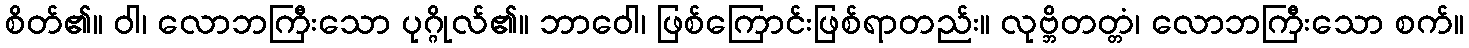
စိတ်၏။ ဝါ၊ လောဘကြီးသော ပုဂ္ဂိုလ်၏။ ဘာဝေါ၊ ဖြစ်ကြောင်းဖြစ်ရာတည်း။ လုဗ္ဘိတတ္တံ၊ လောဘကြီးသော စက်။